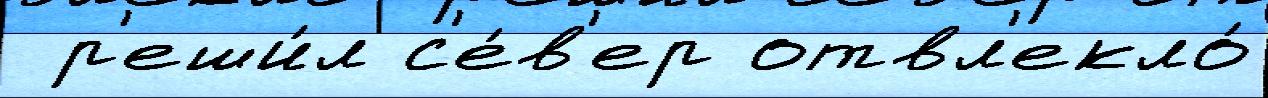
 р'еши́л с'е́в'ер отвл'екло́